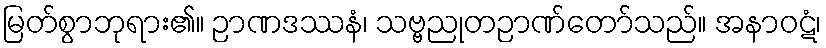
မြတ်စွာဘုရား၏။ ဉာဏဒဿနံ၊ သဗ္ဗညုတဉာဏ်တော်သည်။ အနာဝဋံ၊